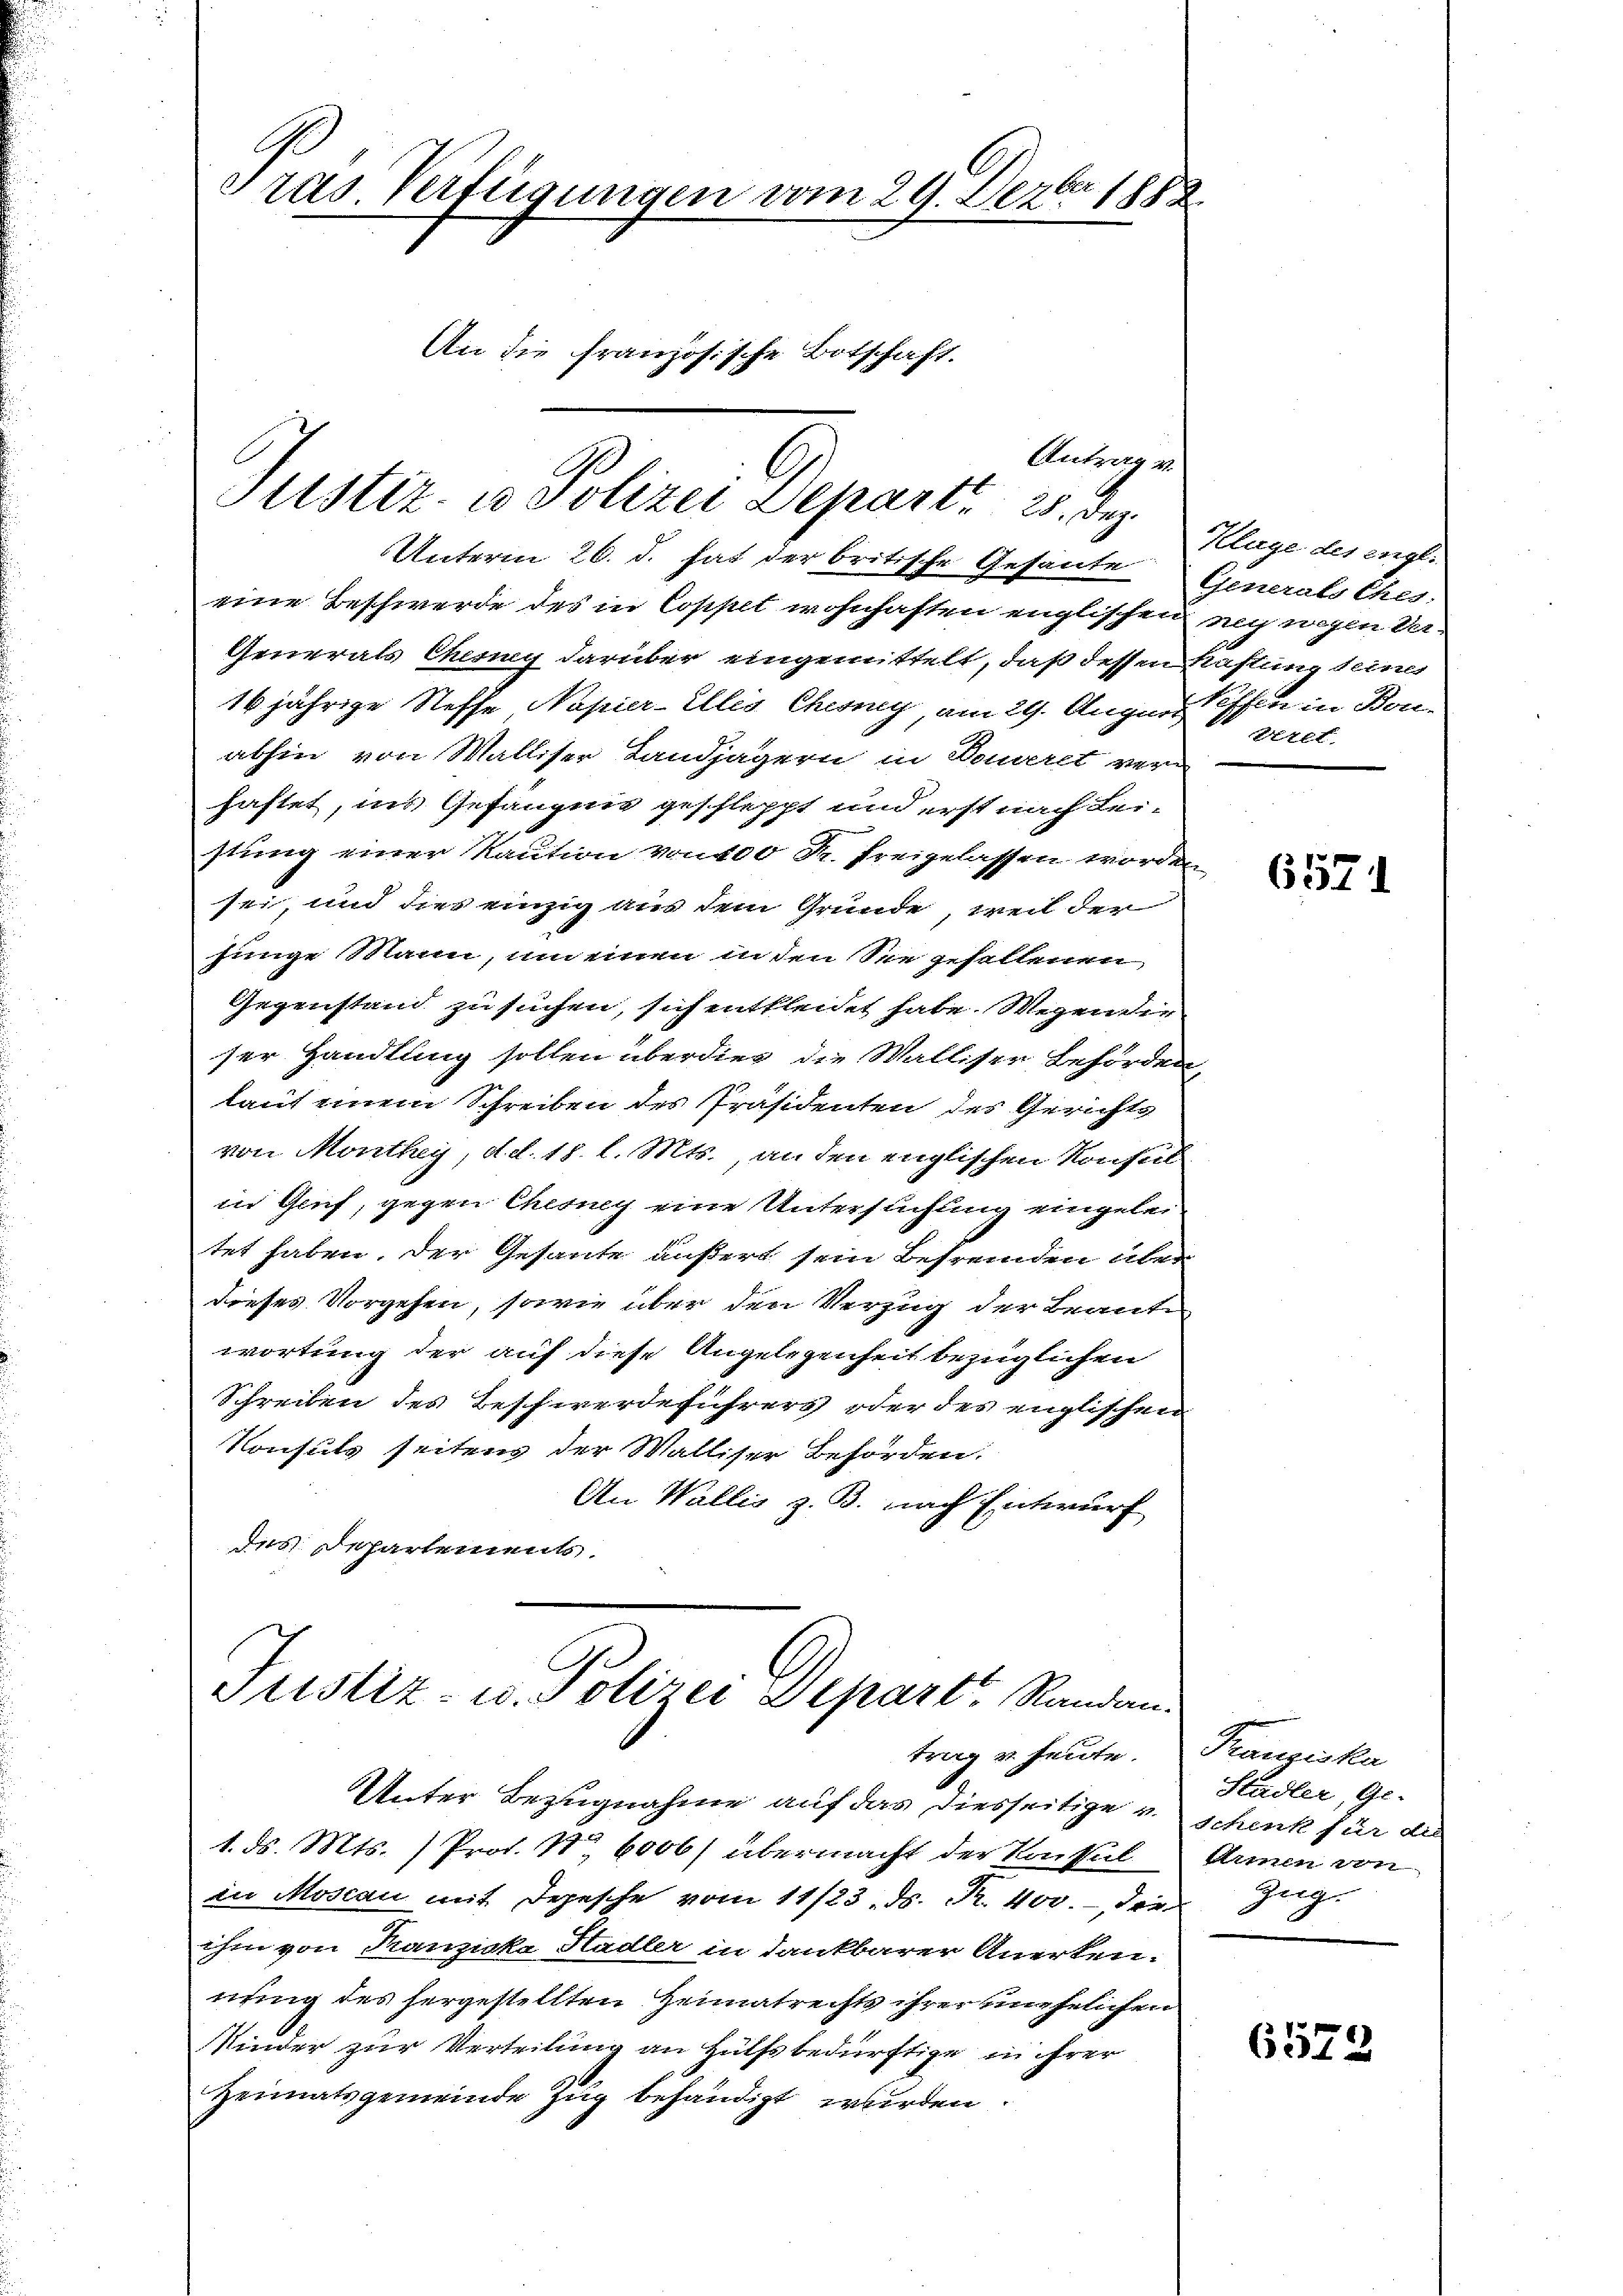
Gras. Verfügungen vom 29. Dezbr. 1882.
An die französische Botschaft.

Antrag v.
Justiz- u. Polizei Depart. 28. Dez.

Unterm 26. d. hat der britische Gesante
eine Beschwerde des in Cosset wohnhaften englischen
Generals Cherung darüber eingemittelt, daß dessen
16 jährige Neffe Napier-Allis Chemig am 29. Augen,
abhin von Walliser Landjägern in Donverst ver-
haftet, ins Gefängnis geschleppt und erst nach Leistung einer Kaution von 100 R. freigelassen worden
sei, und dies einzig aus dem Grunde weil der
jinge Mann, um einen in den Sie gehaltenen,
Gegenstand zu suchen, sich entkleidet habe. Wegen die
ser Handlung sollen überdies die Walliser Behörden,
lauf einem Schreiben des Präsidenten des Gerichts
von Monthey, d. d. 15. l. Mts., an den englischen Konseil
in Genf, gegen Cheng eine Untersuchung eingelei
tet haben. Der Gesante äußert sein Befremden über
dieses Vorgehen, sowie über den Verzug der Beant-
wortung der auf diese Angelegenheit bezüglichen
Schreiben des Beschwerdeführers oder des englischen
Konsuls seitens der Walliser Behörden:
An Wallis z. B. nach Entwurf
des Departements.

Justiz- u. Polizei Depart. Randen.
trag u. heute.
Unter Bezugnahme auf das diesseitige u.

1. ds. Mts. ) Prod. Nr. 6006/ übermacht der Konsul
in Moscan mit Depesche vom 11/23. ds. R. 400. die
ihm von Kanzicke Hadler in dankbarer Anerken.
nung des hergestellten Heimatrechts ihrer unehelichen
Kinder zur Verteilung an Hülfsbedürftige in ihrer
Heimatsgemeinde Zug behändigt wurden.

Klage des engl.
Generats Ches.
net wegen 22.
Haftung seiner
kessen in Bon¬
Eiet.

6571

Kanziska
Städter, Ge-
Schenk für die
Armen von
Horge

6572